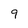
Character: 9